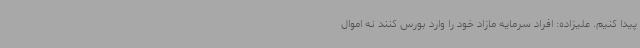
پیدا کنیم. علیزاده: افراد سرمایه مازاد خود را وارد بورس کنند نه اموال